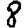
Digit: 8